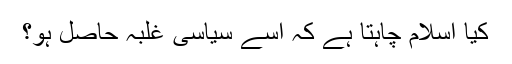
کیا اسلام چاہتا ہے کہ اسے سیاسی غلبہ حاصل ہو؟